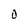
Character: 0